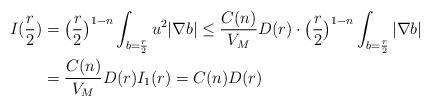
LaTeX: \begin{align*}I(\frac{r}{2})&= \big(\frac{r}{2}\big)^{1- n}\int_{b= \frac{r}{2}} u^2|\nabla b|\leq \frac{C(n)}{V_M} D(r)\cdot \big(\frac{r}{2}\big)^{1- n} \int_{b= \frac{r}{2}} |\nabla b| \\&= \frac{C(n)}{V_M} D(r) I_1(r) = C(n) D(r) \end{align*}